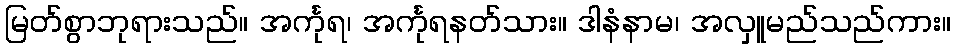
မြတ်စွာဘုရားသည်။ အင်္ကုရ၊ အင်္ကုရနတ်သား။ ဒါနံနာမ၊ အလှူမည်သည်ကား။